Note on the mental hospitals in Burma - 1925-1940
Year: 1925
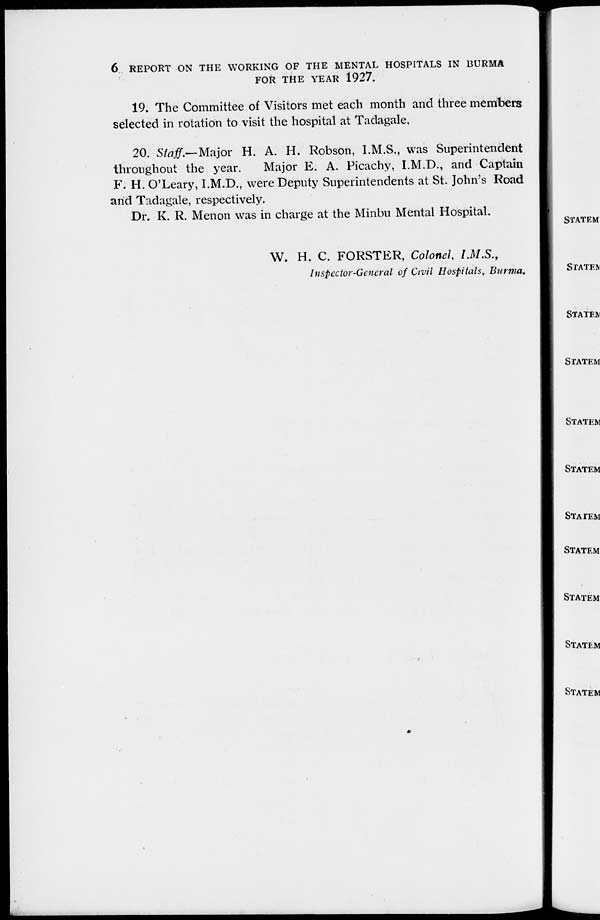
6 REPORT ON THE WORKING OF THE MENTAL HOSPITALS IN BURMA
FOR THE YEAR 1927.
19. The Committee of Visitors met each month and three members
selected in rotation to visit the hospital at Tadagale.
20. Staff.—Major H. A. H. Robson, I.M.S., was Superintendent
throughout the year.
Major E. A. Picachy, I.M.D., and Captain
F. H. O'Leary, I.M.D., were Deputy Superintendents at St. John's Road
and Tadagale, respectively.
Dr. K. R. Menon was in charge at the Minbu Mental Hospital.
W. H. C. FORSTER, Colonel, I.M.S.,
Inspector-General of Civil Hospitals, Burma.